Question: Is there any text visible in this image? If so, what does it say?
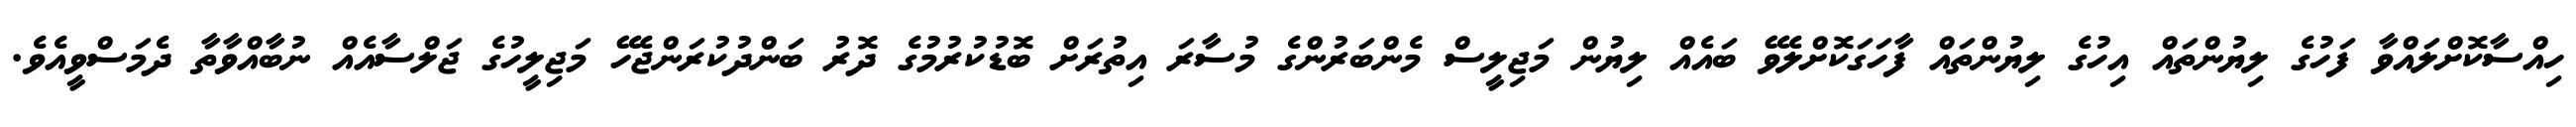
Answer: ހިއްސާކޮށްލައްވާ ފަހުގެ ލިޔުންތައް އިހުގެ ލިޔުންތައް ފާހަގަކޮށްލެވޭ ބައެއް ލިޔުން މަޖިލީސް މެންބަރުންގެ މުސާރަ އިތުރަށް ބޮޑުކުރުމުގެ ދޮރު ބަންދުކުރަންޖެހޭ މަޖިލީހުގެ ޖަލްސާއެއް ނުބާއްވާތާ ދެމަސްވީއެވެ.